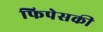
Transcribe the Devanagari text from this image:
फिपेसकी